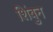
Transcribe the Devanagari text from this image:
शिंबुन